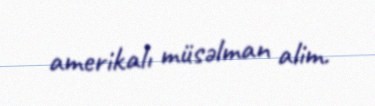
amerikalı müsəlman alim.